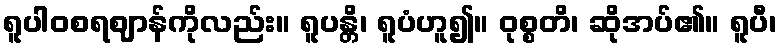
ရူပါဝစရဈာန်ကိုလည်း။ ရူပန္တိ၊ ရူပံဟူ၍။ ဝုစ္စတိ၊ ဆိုအပ်၏။ ရူပီ၊